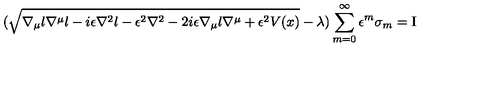
( \sqrt { \nabla _ { \mu } l \nabla ^ { \mu } l - i \epsilon \nabla ^ { 2 } l - \epsilon ^ { 2 } \nabla ^ { 2 } - 2 i \epsilon \nabla _ { \mu } l \nabla ^ { \mu } + \epsilon ^ { 2 } V ( x ) } - \lambda ) \sum _ { m = 0 } ^ { \infty } \epsilon ^ { m } \sigma _ { m } = \mathrm { I }